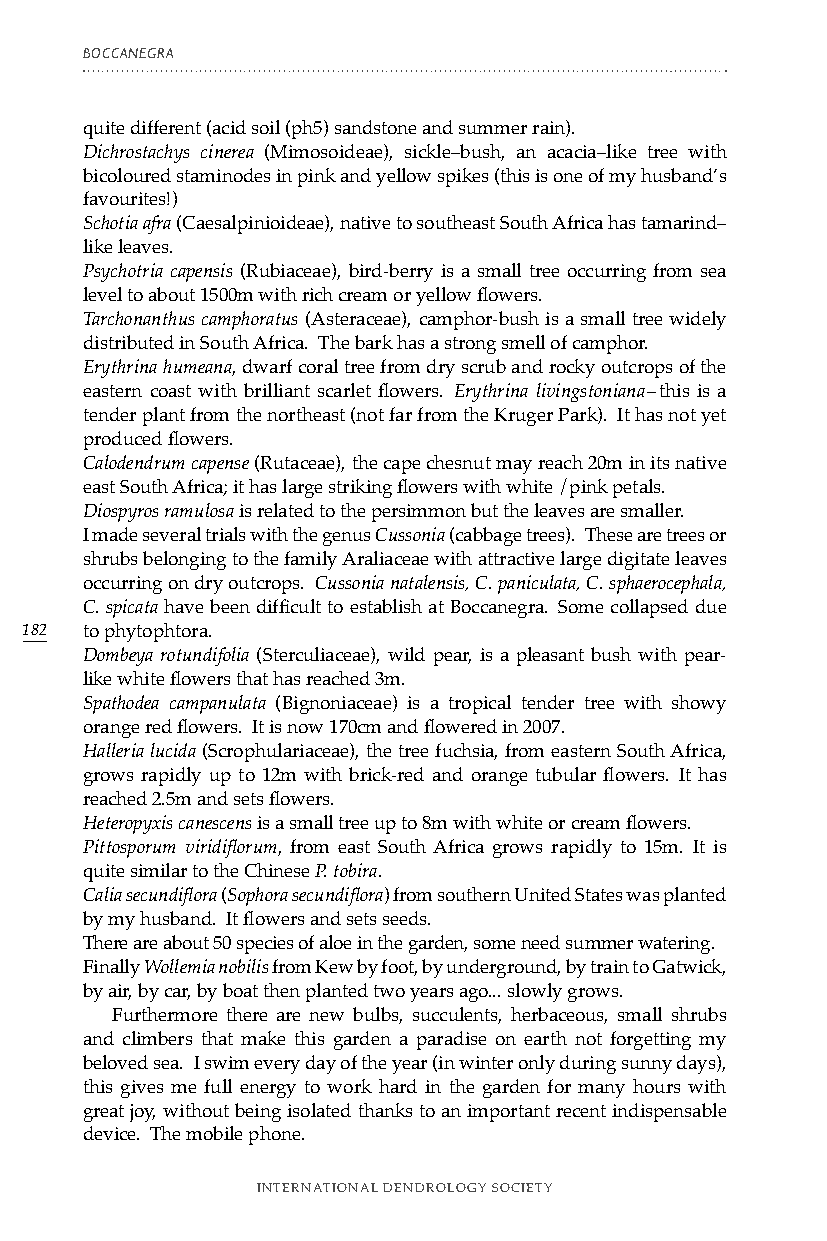
BOCCANEGRA
 quite different (acid soil (ph5) sandstone and summer rain).
 Dichrostachys cinerea (Mimosoideae), sickle–bush, an acacia–like tree with
 bicoloured staminodes in pink and yellow spikes (this is one of my husband’s
 favourites!)
 Schotia afra (Caesalpinioideae), native to southeast South Africa has tamarind–
 like leaves.
 Psychotria capensis (Rubiaceae), bird-berry is a small tree occurring from sea
 level to about 1500m with rich cream or yellow flowers.
 Tarchonanthus camphoratus (Asteraceae), camphor-bush is a small tree widely
 distributed in South Africa. The bark has a strong smell of camphor.
 Erythrina humeana, dwarf coral tree from dry scrub and rocky outcrops of the
 eastern coast with brilliant scarlet flowers. Erythrina livingstoniana – this is a
 tender plant from the northeast (not far from the Kruger Park). It has not yet
 produced flowers.
 Calodendrum capense (Rutaceae), the cape chesnut may reach 20m in its native
 east South Africa; it has large striking flowers with white /pink petals.
 Diospyros ramulosa is related to the persimmon but the leaves are smaller.
 I made several trials with the genus Cussonia (cabbage trees). These are trees or
 shrubs belonging to the family Araliaceae with attractive large digitate leaves
 occurring on dry outcrops. Cussonia natalensis, C. paniculata, C. sphaerocephala,
 C. spicata have been difficult to establish at Boccanegra. Some collapsed due
 182 to phytophtora.
 Dombeya rotundifolia (Sterculiaceae), wild pear, is a pleasant bush with pear-
 like white flowers that has reached 3m.
 Spathodea campanulata (Bignoniaceae) is a tropical tender tree with showy
 orange red flowers. It is now 170cm and flowered in 2007.
 Halleria lucida (Scrophulariaceae), the tree fuchsia, from eastern South Africa,
 grows rapidly up to 12m with brick-red and orange tubular flowers. It has
 reached 2.5m and sets flowers.
 Heteropyxis canescens is a small tree up to 8m with white or cream flowers.
 Pittosporum viridiflorum, from east South Africa grows rapidly to 15m. It is
 quite similar to the Chinese P. tobira.
 Calia secundiflora (Sophora secundiflora) from southern United States was planted
 by my husband. It flowers and sets seeds.
 There are about 50 species of aloe in the garden, some need summer watering.
 Finally Wollemia nobilis from Kew by foot, by underground, by train to Gatwick,
 by air, by car, by boat then planted two years ago... slowly grows.
 Furthermore there are new bulbs, succulents, herbaceous, small shrubs
 and climbers that make this garden a paradise on earth not forgetting my
 beloved sea. I swim every day of the year (in winter only during sunny days),
 this gives me full energy to work hard in the garden for many hours with
 great joy, without being isolated thanks to an important recent indispensable
 device. The mobile phone.
 INTERNATIONAL DENDROLOGY SOCIETY